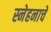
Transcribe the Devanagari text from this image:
स्नेहनाचे